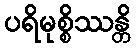
ပရိမုစ္စိဿန္တိ